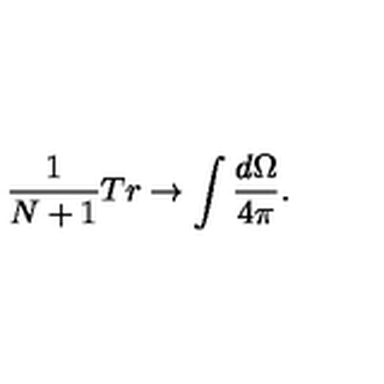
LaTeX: \frac { 1 } { N + 1 } T r \rightarrow \int \frac { d \Omega } { 4 \pi } .